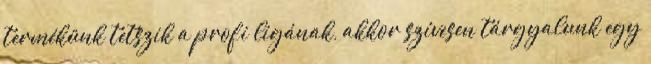
termékünk tetszik a profi ligának, akkor szívesen tárgyalunk egy